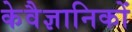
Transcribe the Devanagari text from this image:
केवैज्ञानिकों